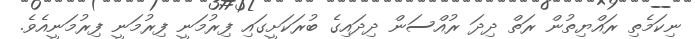
ނިކަމެތި ރައްޔިތުން ރަތް ދިދަ ރުއްސަން ދިދައިގެ ބުރަކަށީގައި ފިރުމަނީ ފިރުމަނީ ފިރުމަނީއެވެ.